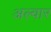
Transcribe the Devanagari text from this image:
अल्वार